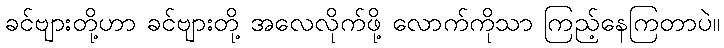
ခင်ဗျားတို့ဟာ ခင်ဗျားတို့ အလေလိုက်ဖို့ လောက်ကိုသာ ကြည့်နေကြတာပဲ။